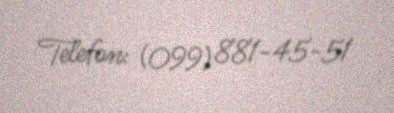
Telefon: (099) 881-45-51